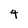
Character: 4